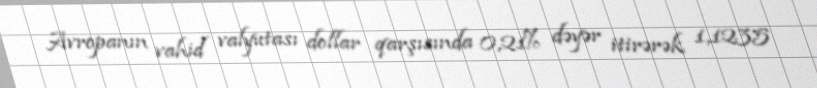
Avropanın vahid valyutası dollar qarşısında 0,21% dəyər itirərək 1,1235